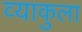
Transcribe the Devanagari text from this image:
व्याकुला